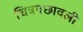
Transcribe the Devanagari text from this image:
चित्रपछावली